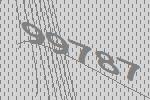
99787